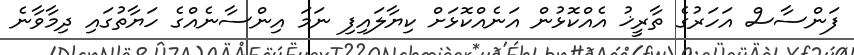
ފަންސާސް އަހަރުގެ ތާރީޚު އެއްކޮޅުން އަނެއްކޮޅަށް ކިޔާލައިފި ނަމަ އިންސާނެއްގެ ހަޔާތުގައި ދިމާވާނެ